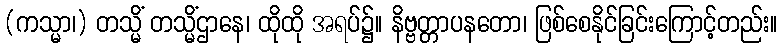
(ကသ္မာ၊) တသ္မိံ တသ္မိံဌာနေ၊ ထိုထို အရပ်၌။ နိဗ္ဗတ္တာပနတော၊ ဖြစ်စေနိုင်ခြင်းကြောင့်တည်း။